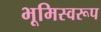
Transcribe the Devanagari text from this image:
भूमिस्वरूप